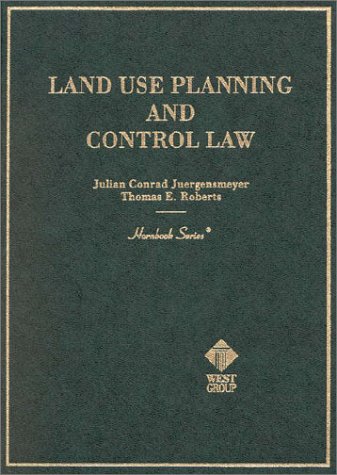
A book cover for Land Use Planning and Control Law Hornbook (Hornbooks); Julian Conrad Juergensmeyer; Law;